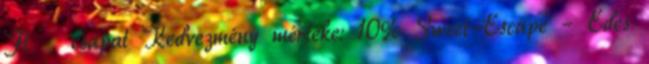
Ft csapat Kedvezmény mértéke: 10% Sweet-Escape – Édes